Subject: cs
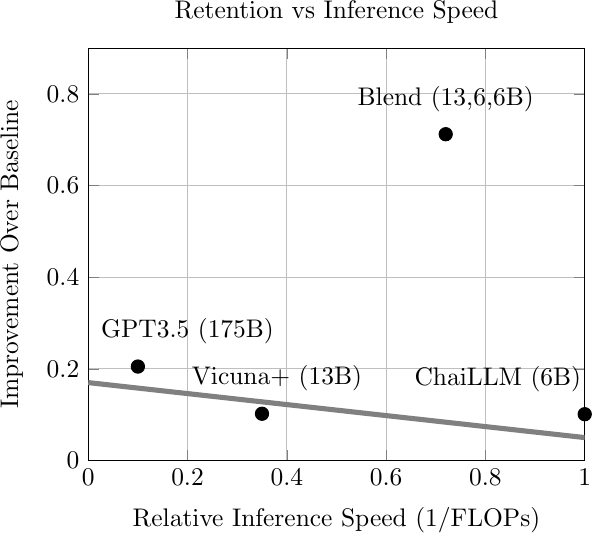
LaTeX code:
        \begin{tikzpicture}[scale=0.92]
        \begin{axis}[
            title={Retention vs Inference Speed},
            xlabel={Relative Inference Speed (1/FLOPs)},
            ylabel={Improvement Over Baseline},
            ylabel style={yshift=-5pt, inner sep=-1pt},
            xmin=0, xmax=1.,
            ymin=0., ymax=0.9,
            grid=both,
            scatter/classes={
                a={mark=*,draw=black}
            }
        ]

        \addplot[
            scatter,
            only marks,
            scatter src=explicit symbolic,
            mark options={scale=1.3}
            ]table[meta=label] {
        x       y       label
        0.1     0.205    a
        0.72    0.712    a
        0.35    0.102    a
        1.0     0.101    a
        };

        \addplot[smooth, thick, gray, line width=2pt] coordinates {
            (0 ,  0.17)
            (0.2, 0.146)
            (0.4, 0.122)
            (0.6, 0.098)
            (1.0, 0.05)
        };

        \node at (axis cs:0.2,0.235) [above] {GPT3.5 (175B)};
        \node at (axis cs:0.72,0.742) [above] {Blend (13,6,6B)};
        \node at (axis cs:0.38,0.132) [above] {Vicuna+ (13B)};
        \node at (axis cs:0.825, 0.131) [above] {ChaiLLM (6B)};

        \end{axis}
    \end{tikzpicture}